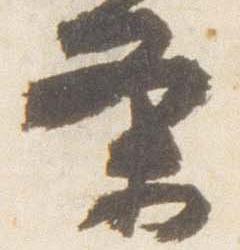
条